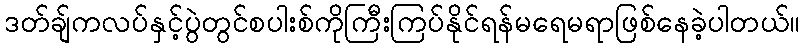
ဒတ်ချ်ကလပ်နှင့်ပွဲတွင်စပါးစ်ကိုကြီးကြပ်နိုင်ရန်မရေမရာဖြစ်နေခဲ့ပါတယ်။